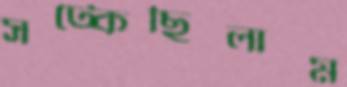
সট্‌কেছিলাম